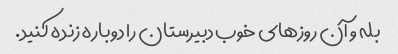
بله و آن روزهای خوب دبیرستان را دوباره زنده کنید.